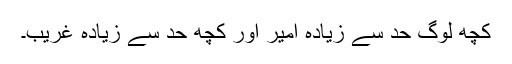
کچھ لوگ حد سے زیادہ امیر اور کچھ حد سے زیادہ غریب۔